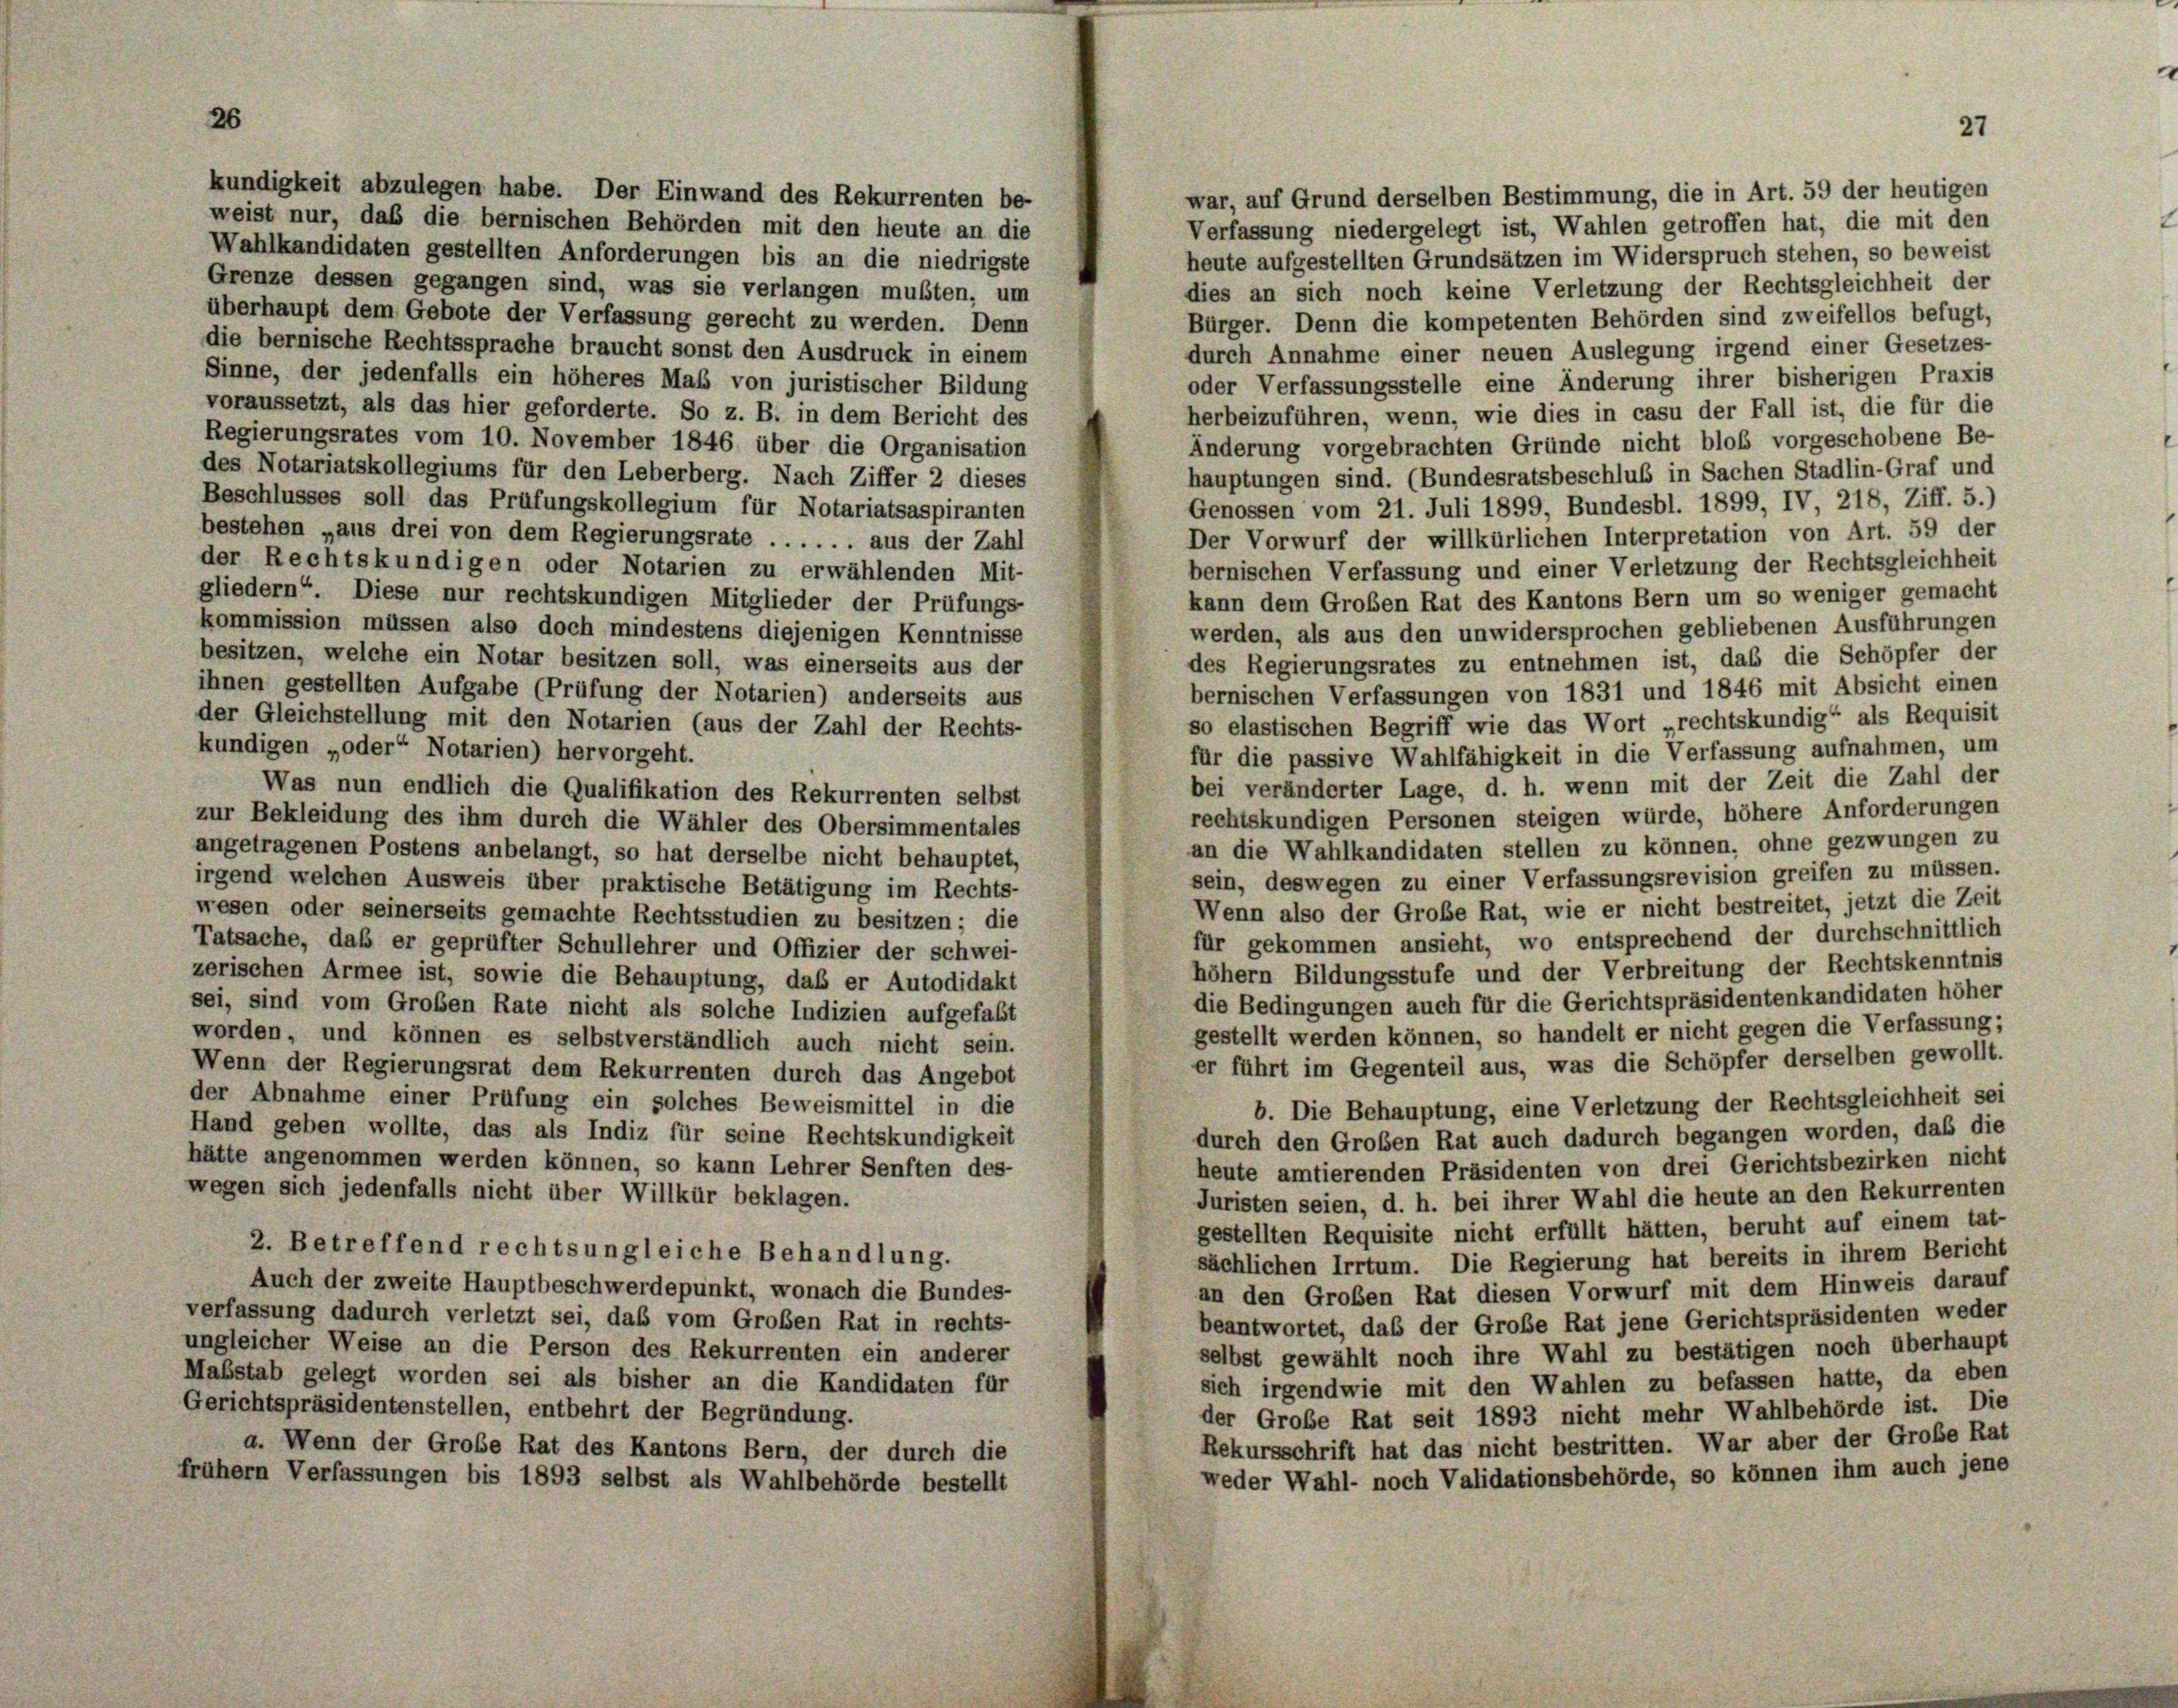
heute aufgestellten Grundsätzen im Widerspruch stehen, so beweist
dies an sich noch keine Verletzung der Rechtsgleichheit der
Bürger. Denn die kompetenten Behörden sind zweifellos befugt,
durch Annahme einer neuen Auslegung irgend einer Gesetzes-
oder Verfassungsstelle eine Änderung ihrer bisherigen Praxis
herbeizuführen, wenn, wie dies in casu der Fall ist, die für die
Änderung vorgebrachten Gründe nicht bloß vorgeschobene Be-
hauptungen sind. (Bundesratsbeschluß in Sachen Stadlin-Graf und
Genossen vom 21. Juli 1899, Bundesbl. 1899, IV, 218, Ziff. 5.)
Der Vorwurf der willkürlichen Interpretation von Art. 59 der
bernischen Verfassung und einer Verletzung der Rechtsgleichheit
kann dem Großen Rat des Kantons Bern um so weniger gemacht
werden, als aus den unwidersprochen gebliebenen Ausführungen
des Regierungsrates zu entnehmen ist, das die Schöpfer der
ihnen gestellten Aufgabe (Prüfung der Notarien) anderseits aus
bernischen Verfassungen von 1831 und 1846 mit Absicht einen
der Gleichstellung mit den Notarien (aus der Zahl der Rechts-
so elastischen Begriff wie das Wort „rechtskundig“ als Requisit
kundigen „oder Notarien) hervorgeht.
für die passive Wahlfähigkeit in die Verfassung aufnahmen, um
bei veränderter Lage, d. h. wenn mit der Zeit die Zahl der
Was nun endlich die Qualifikation des Rekurrenten selbst
rechtskundigen Personen steigen würde, höhere Anforderungen
zur Bekleidung des ihm durch die Wähler des Obersimmentales
an die Wahlkandidaten stellen zu können, ohne gezwungen zu
angetragenen Postens anbelangt, so hat derselbe nicht behauptet,
sein, deswegen zu einer Verfassungsrevision greifen zu müssen.
irgend welchen Ausweis über praktische Betätigung im Rechts-
Wenn also der Große Rat, wie er nicht bestreitet, jetzt die Zeit
wesen oder seinerseits gemachte Rechtsstudien zu besitzen; die
für gekommen ansieht, wo entsprechend der durchschnittlich
Tatsache, daß er geprüfter Schullehrer und Offizier der schwei-
höher Bildungsstufe und der Verbreitung der Rechtskenntnis
zerischen Armee ist, sowie die Behauptung, daß er Autodidakt
die Bedingungen auch für die Gerichtspräsidentenkandidaten höher
sei, sind vom Großen Rate nicht als solche Indizien aufgefaßt
gestellt werden können, so handelt er nicht gegen die Verfassung;
worden, und können es selbstverständlich auch nicht sein.
er führt im Gegenteil aus, was die Schöpfer derselben gewollt.
Wenn der Regierungsrat dem Rekurrenten durch das Angebot
der Abnahme einer Prüfung ein solches Beweismittel in die
b. Die Behauptung, eine Verletzung der Rechtsgleichheit sei
Hand geben wollte, das als Indiz für seine Rechtskundigkeit
durch den Großen Rat auch dadurch begangen worden, daß die
hätte angenommen werden können, so kann Lehrer Senften des-
heute amtierenden Präsidenten von drei Gerichtsbezirken nicht
wegen sich jedenfalls nicht über Willkür beklagen.
Juristen seien, d. h. bei ihrer Wahl die heute an den Rekurrenten
gestellten Requisite nicht erfüllt hätten, beruht auf einem tat-
2. Betreffend rechts ungleiche Behandlung.
sächlichen Irrtum. Die Regierung hat bereits in ihrem Bericht
Auch der zweite Hauptbeschwerdepunkt, wonach die Bundes-
an den Großen Rat diesen Vorwurf mit dem Hinweis darauf
verfassung dadurch verletzt sei, das vom Großen Rat in rechts-
beantwortet, das der Große Rat jene Gerichtspräsidenten weder
ungleicher Weise an die Person des Rekurrenten ein anderer
selbst gewählt noch ihre Wahl zu bestätigen noch überhaupt
Maßstab gelegt worden sei als bisher an die Kandidaten für
sich irgendwie mit den Wahlen zu befassen hatte, da eben
Gerichtspräsidentenstellen, entbehrt der Begründung.
der Große Rat seit 1893 nicht mehr Wahlbehörde ist. Die
Rekursschrift hat das nicht bestritten. War aber der Große Rat
a. Wenn der Große Rat des Kantons Bern, der durch die
weder Wahl- noch Validationsbehörde, so können ihm auch jene
frühem Verfassungen bis 1893 selbst als Wahlbehörde bestellt

kundigkeit abzulegen habe. Der Einwand des Rekurrenten be-
weist nur, daß die bernischen Behörden mit den heute an die
Wahlkandidaten gestellten Anforderungen bis an die niedrigste
Grenze dessen gegangen sind, was sie verlangen mußten, um
überhaupt dem Gebote der Verfassung gerecht zu werden. Denn
die bernische Rechtssprache braucht sonst den Ausdruck in einem
Sinne, der jedenfalls ein höheres Maß von juristischer Bildung
voraussetzt, als das hier geforderte. So z. B. in dem Bericht des
Regierungsrates vom 10. November 1846 über die Organisation
des Notariatskollegiums für den Leberberg. Nach Ziffer 2 dieses
Beschlusses soll das Prüfungskollegium für Notariatsaspiranten
bestehen „aus drei von dem Regierungsrate . . . . . . aus der Zahl
der Rechtskundigen oder Notarien zu erwählenden Mit-
gliedern“. Diese nur rechtskundigen Mitglieder der Prüfungs-
kommission müssen also doch mindestens diejenigen Kenntnisse
besitzen, welche ein Notar besitzen soll, was einerseits aus der

war, auf Grund derselben Bestimmung, die in Art. 59 der heutigen
Verfassung niedergelegt ist, Wahlen getroffen hat, die mit den

27